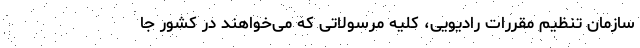
سازمان تنظیم مقررات رادیویی، کلیه مرسولاتی که می‌خواهند در کشور جا